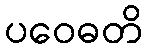
ပဝေဓတိ